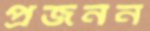
প্রজনন